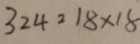
3 2 4 = 1 8 \times 1 8